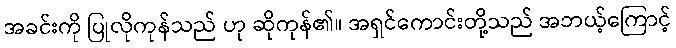
အခင်းကို ပြုလိုကုန်သည် ဟု ဆိုကုန်၏။ အရှင်ကောင်းတို့သည် အဘယ့်ကြောင့်